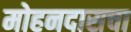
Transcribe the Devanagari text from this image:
मोहनदासचा